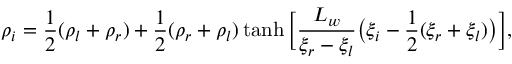
\rho _ { i } = \frac { 1 } { 2 } ( \rho _ { l } + \rho _ { r } ) + \frac { 1 } { 2 } ( \rho _ { r } + \rho _ { l } ) \operatorname { t a n h } \Big [ \frac { L _ { w } } { \xi _ { r } - \xi _ { l } } \big ( \xi _ { i } - \frac { 1 } { 2 } ( \xi _ { r } + \xi _ { l } ) \big ) \Big ] ,